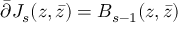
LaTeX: \bar { \partial } J _ { s } ( z , \bar { z } ) = B _ { s - 1 } ( z , \bar { z } )